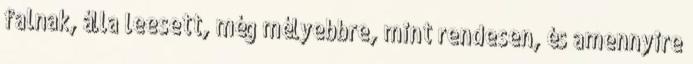
falnak, álla leesett, még mélyebbre, mint rendesen, és amennyire